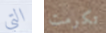
التي تكرمت